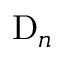
\mathrm { D } _ { n }